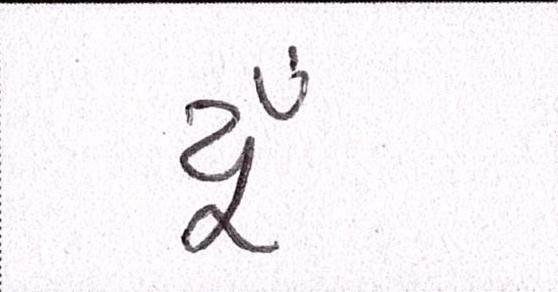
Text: યૂઁ